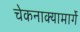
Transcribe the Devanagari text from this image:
चेकनाक्यामार्गे